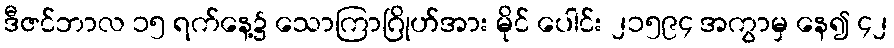
ဒီဇင်ဘာလ ၁၅ ရက်နေ့၌ သောကြာဂြိုဟ်အား မိုင် ပေါင်း ၂၁၅၉၄ အကွာမှ နေ၍ ၄၂